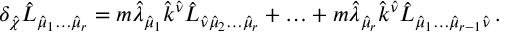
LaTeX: \delta _ { \hat { \chi } } \hat { L } _ { \hat { \mu } _ { 1 } \ldots \hat { \mu } _ { r } } = m \hat { \lambda } _ { \hat { \mu } _ { 1 } } \hat { k } ^ { \hat { \nu } } \hat { L } _ { \hat { \nu } \hat { \mu } _ { 2 } \ldots \hat { \mu } _ { r } } + \ldots + m \hat { \lambda } _ { \hat { \mu } _ { r } } \hat { k } ^ { \hat { \nu } } \hat { L } _ { \hat { \mu } _ { 1 } \ldots \hat { \mu } _ { r - 1 } \hat { \nu } } \, .